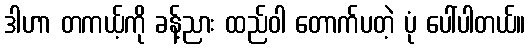
ဒါဟာ တကယ့်ကို ခန့်ညား ထည်ဝါ တောက်ပတဲ့ ပုံ ပေါ်ပါတယ်။